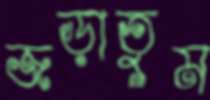
জড়াতুম